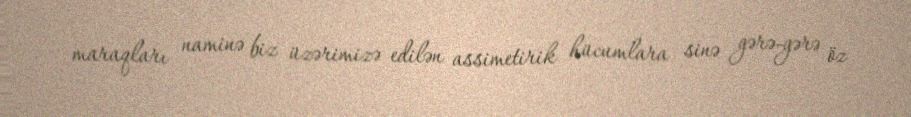
maraqları naminə biz üzərimizə edilən assimetirik hücumlara sinə gərə-gərə öz